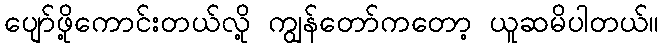
ပျော်ဖို့ကောင်းတယ်လို့ ကျွန်တော်ကတော့ ယူဆမိပါတယ်။